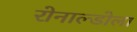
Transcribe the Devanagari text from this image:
रोनाल्डोला